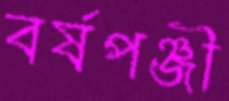
বর্ষপঞ্জী